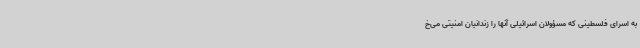
به اسرای فلسطینی که مسؤولان اسرائیلی آنها را زندانیان امنیتی می‌خ